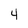
Character: 4